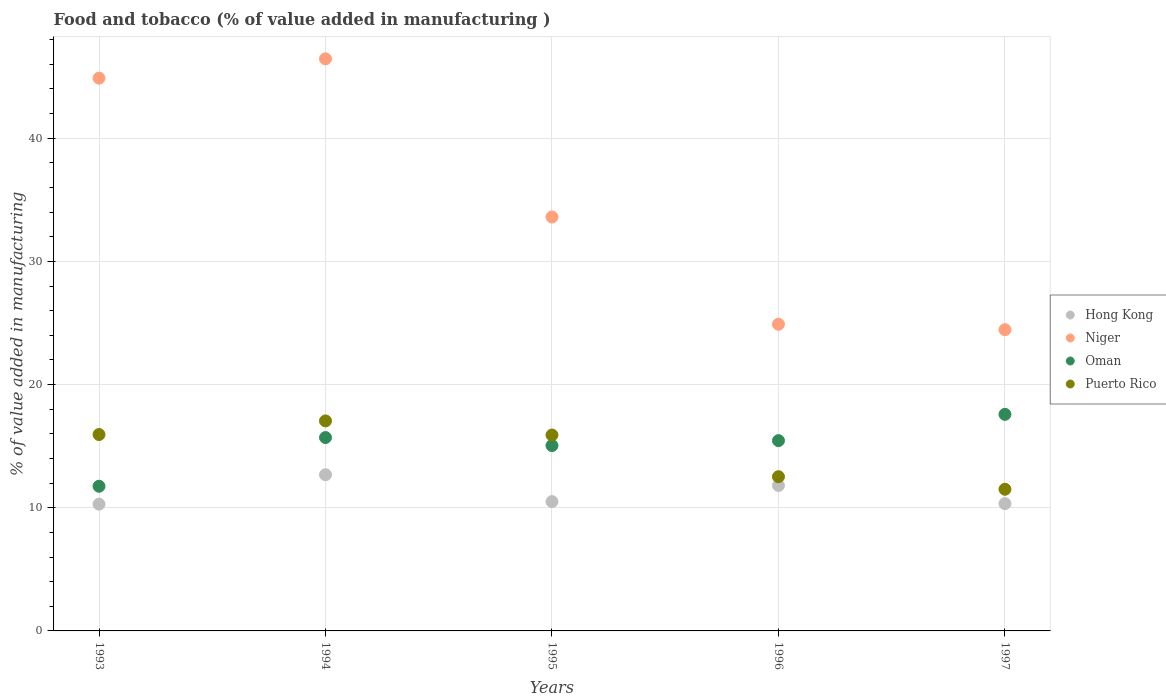
| Years | Hong Kong | Niger | Oman | Puerto Rico |
 | --- | --- | --- | --- | --- |
 | 1993 | 10.3 | 44.9 | 11.7 | 15.9 |
 | 1994 | 12.7 | 46.4 | 15.7 | 17 |
 | 1995 | 10.5 | 33.6 | 15.1 | 15.9 |
 | 1996 | 11.8 | 24.9 | 15.4 | 12.5 |
 | 1997 | 10.3 | 24.5 | 17.6 | 11.5 |